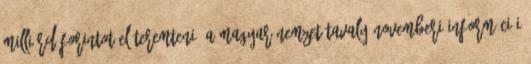
milliárd forintot előteremteni. A Magyar Nemzet tavaly novemberi információi